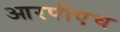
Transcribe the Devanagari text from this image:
आरपीएच